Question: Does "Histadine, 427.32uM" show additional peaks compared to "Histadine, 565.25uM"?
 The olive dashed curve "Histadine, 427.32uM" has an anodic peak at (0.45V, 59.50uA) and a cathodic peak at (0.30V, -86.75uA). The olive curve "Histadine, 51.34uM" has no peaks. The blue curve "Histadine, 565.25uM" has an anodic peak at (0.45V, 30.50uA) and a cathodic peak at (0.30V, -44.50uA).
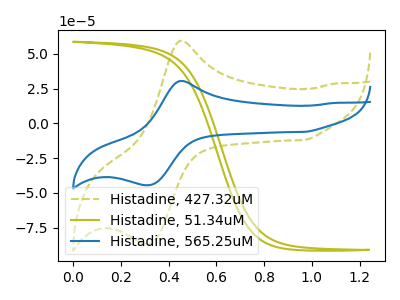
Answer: <think>All the peaks in "Histadine, 427.32uM" have a peak in "Histadine, 565.25uM" at the same potential. Every peak in "Histadine, 427.32uM" is higher than every peak in "Histadine, 565.25uM".
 </think>
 <answer>No, "Histadine, 427.32uM" and "Histadine, 565.25uM" don't appear to be significantly different in shape</answer>
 <eval>no_change</eval>